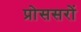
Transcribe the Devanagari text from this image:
प्रोससरों